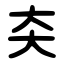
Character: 㚐